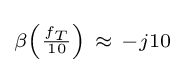
\scriptstyle \beta \left({\frac {f_{T}}{10}}\right)~\approx ~-j10